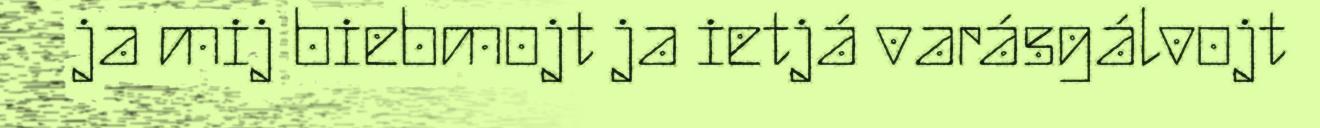
ja mij biebmojt ja ietjá varásgálvojt